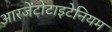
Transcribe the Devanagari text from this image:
आरजेंटोटाइटेनियम